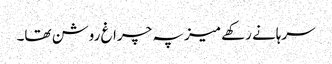
سرہانے رکھے میز پہ چراغ روشن تھا۔